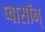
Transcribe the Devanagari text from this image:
प्वासॉन्‌